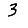
Digit: 3